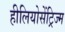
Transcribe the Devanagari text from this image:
हीलियोसेंट्रिज्म